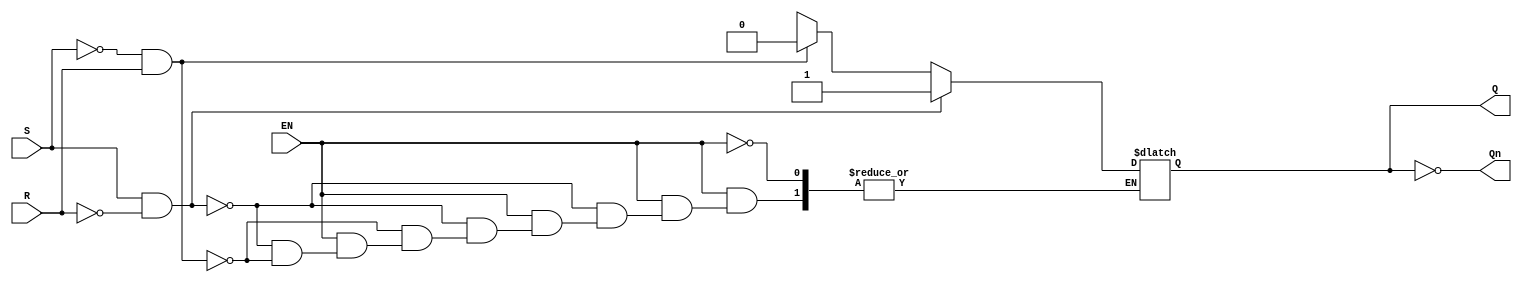
module gated_sr_latch (
    input wire S,     // Set input
    input wire R,     // Reset input
    input wire EN,    // Enable input
    output reg Q,     // Primary output
    output wire Qn    // Complementary output (Not Q)
);

    assign Qn = ~Q; // Not Q is the inverse of Q

    always @(*) begin
        if (EN) begin // When Enable is high
            if (S && !R) begin
                Q = 1'b1; // Set the latch
            end else if (!S && R) begin
                Q = 1'b0; // Reset the latch
            end else if (S && R) begin
                // Invalid state - handle as per requirement (typically stay in last state)
                // This case can be left out or handled differently based on design needs
                Q = Q; // Maintain previous state (or can be set to undefined if needed)
            end else begin
                // No change; maintain current state
                Q = Q; 
            end
        end
        // If EN is low, the output Q remains unchanged as per the always block description
    end

endmodule